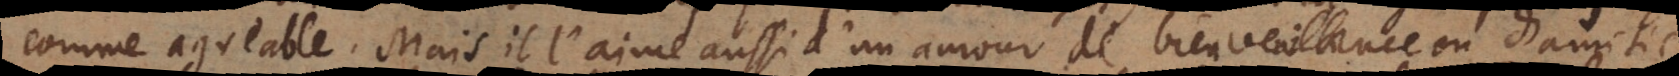
comme agreable. Mais il l’aime aussi d’un amour de bienveuillance, ou d’amiti